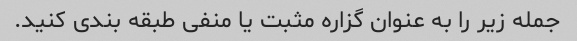
جمله زیر را به عنوان گزاره مثبت یا منفی طبقه بندی کنید.